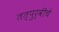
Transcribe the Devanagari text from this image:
तत्पुर्वीचे